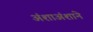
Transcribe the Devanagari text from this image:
अंशाअंशाने